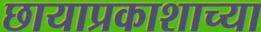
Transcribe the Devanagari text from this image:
छायाप्रकाशाच्या